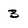
Character: 3